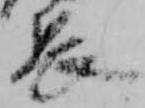
長